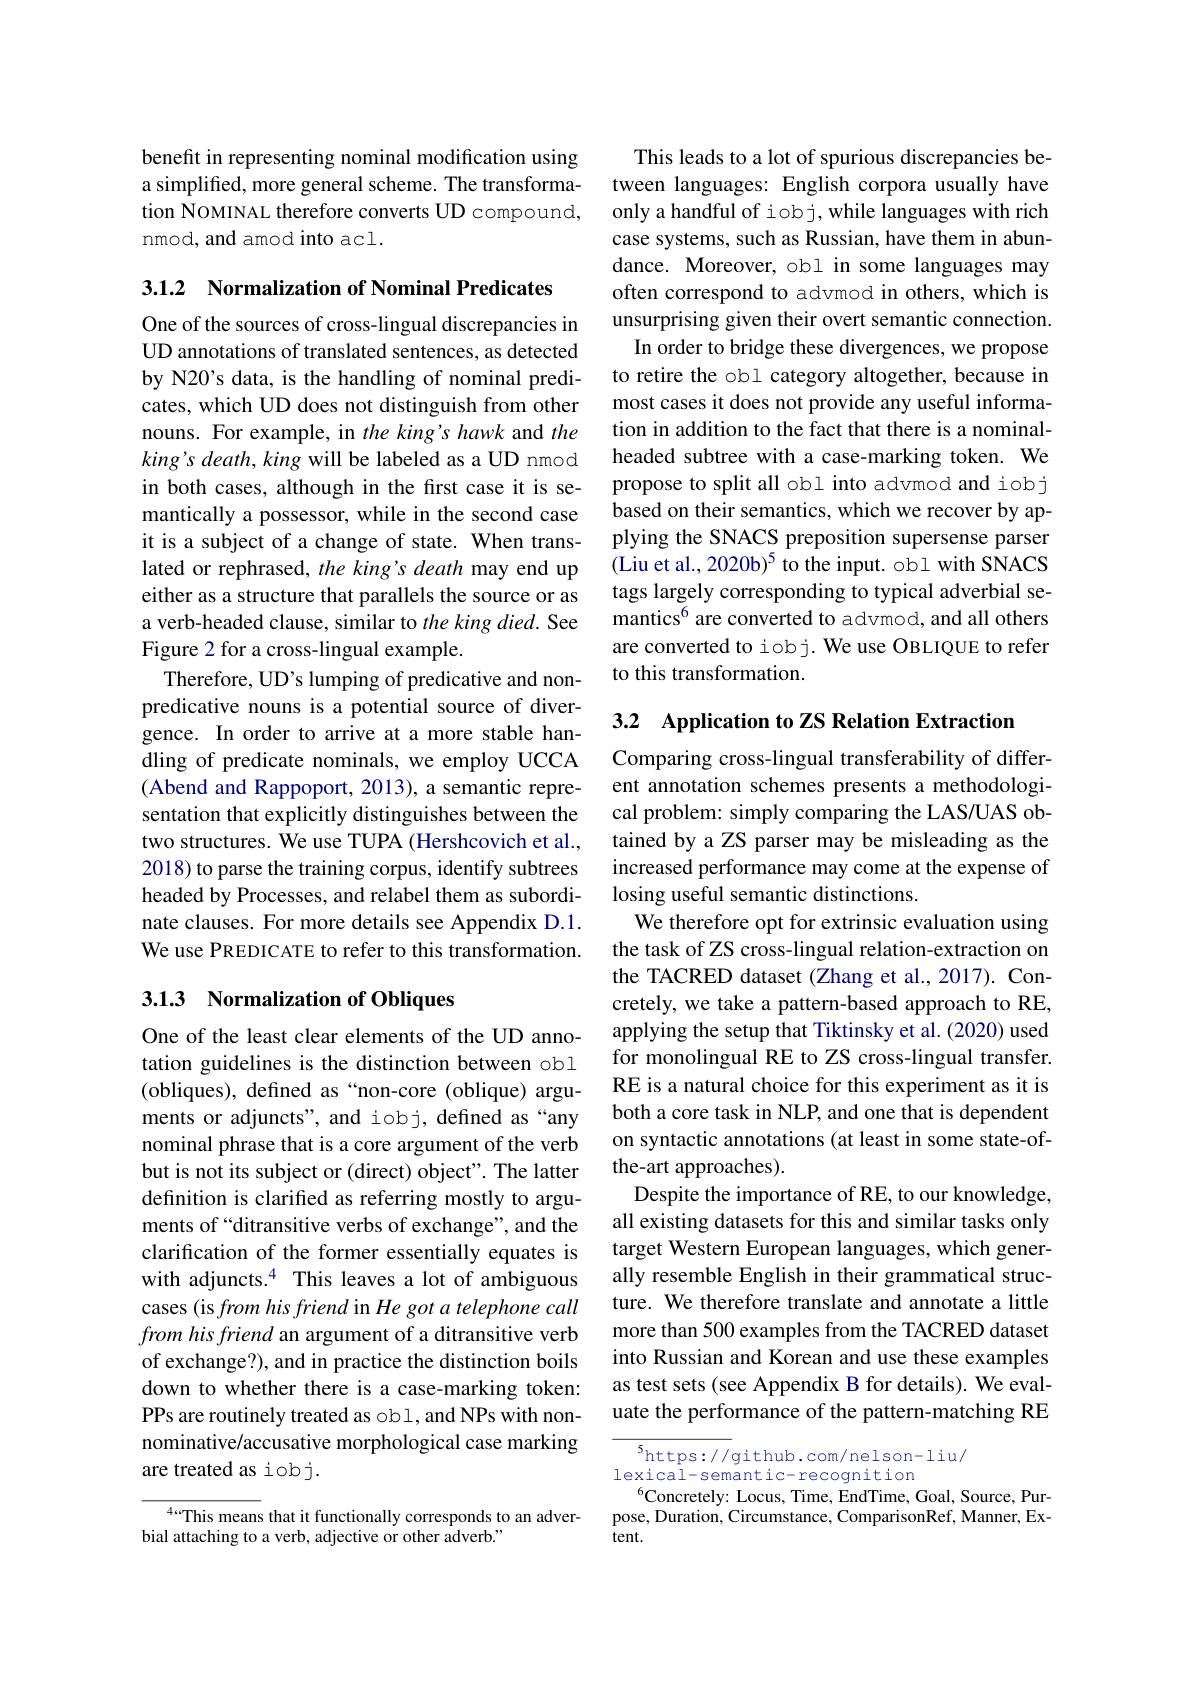
benefit in representing nominal modification using a simplified, more general scheme. The transformation NOMINAL therefore converts UD compound, nmod, and amod into acl.

3.1.2 $\textbf{Normalization of Nominal Predicates}$

One of the sources of cross-lingual discrepancies in UD annotations of translated sentences, as detected by N20's data, is the handling of nominal predicates, which UD does not distinguish from other nouns. For example, in the king's hawk and the king's death, king will be labeled as a UD nmod in both cases, although in the first case it is semantically a possessor, while in the second case it is a subject of a change of state. When translated or rephrased, the king's death may end up either as a structure that parallels the source or as a verb-headed clause, similar to the king died. See Figure 2 for a cross-lingual example.
Therefore, UD's lumping of predicative and nonpredicative nouns is a potential source of divergence. In order to arrive at a more stable handling of predicate nominals, we employ UCCA (Abend and Rappoport, 2013), a semantic representation that explicitly distinguishes between the two structures. We use TUPA (Hershcovich et al., 2018) to parse the training corpus, identify subtrees headed by Processes, and relabel them as subordinate clauses. For more details see Appendix D.1. We use PREDICATE to refer to this transformation.

## 3.1.3 Normalization of Obliques

One of the least clear elements of the UD annotation guidelines is the distinction between obl (obliques), defined as“non-core (oblique) arguments or adjuncts", and iobj, defined as “any nominal phrase that is a core argument of the verb but is not its subject or (direct) object". The latter definition is clarified as referring mostly to arguments of“ditransitive verbs of exchange”, and the clarification of the former essentially equates is with adjuncts.$^{4}$ This leaves a lot of ambiguous cases (is from his friend in He got a telephone call from his friend an argument of a ditransitive verb of exchange?), and in practice the distinction boils down to whether there is a case-marking token: PPs are routinely treated as obl, and NPs with nonnominative/accusative morphological case marking are treated as iobj.

$^{4...}$This means that it functionally corresponds to an adver-
bial attaching to a verb, adjective or other adverb."

This leads to a lot of spurious discrepancies between languages: English corpora usually have only a handful of iob j, while languages with rich case systems, such as Russian, have them in abundance. Moreover, obl in some languages may often correspond to advmod in others, which is unsurprising given their overt semantic connection. In order to bridge these divergences, we propose to retire the obl category altogether, because in most cases it does not provide any useful information in addition to the fact that there is a nominalheaded subtree with a case-marking token. We propose to split all obl into advmod and iobj based on their semantics, which we recover by applying the SNACS preposition supersense parser (Liu et al., 2020b)$^5$ to the input. obl with SNACS tags largely corresponding to typical adverbial semantics$^{6}$ are converted to advmod, and all others are converted to iobj. We use OBLIQUE to refer to this transformation.

3.2 Application to ZS Relation Extraction
Comparing cross-lingual transferability of different annotation schemes presents a methodological problem: simply comparing the LAS/UAS obtained by a ZS parser may be misleading as the increased performance may come at the expense of losing useful semantic distinctions.
We therefore opt for extrinsic evaluation using the task of ZS cross-lingual relation-extraction on the TACRED dataset (Zhang et al., 2017). Concretely, we take a pattern-based approach to RE, applying the setup that Tiktinsky et al. (2020) used for monolingual RE to ZS cross-lingual transfer. RE is a natural choice for this experiment as it is both a core task in NLP, and one that is dependent on syntactic annotations (at least in some state-ofthe-art approaches).
Despite the importance of RE, to our knowledge, all existing datasets for this and similar tasks only target Western European languages, which generally resemble English in their grammatical structure. We therefore translate and annotate a little more than 500 examples from the TACRED dataset into Russian and Korean and use these examples as test sets (see Appendix B for details). We evaluate the performance of the pattern-matching RE

${^{5}\mathrm{https://github.com/nelson-liu/}}$
lexical-semantic-recognition
$^6$Concretely: Locus, Time, EndTime, Goal, Source, Purpose, Duration, Circumstance, ComparisonRef, Manner, Extent.